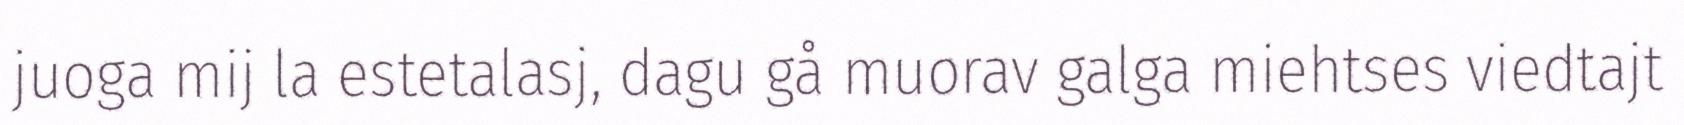
juoga mij la estetalasj, dagu gå muorav galga miehtses viedtajt